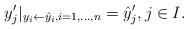
LaTeX: \begin{align*}y_j'\vert_{y_i \leftarrow \hat y_i, i=1,\dots, n} = \hat y_j',j\in I.\end{align*}